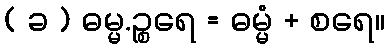
( ခ ) ဓမ္မ.ဉ္စရေ = ဓမ္မံ + စရေ။